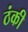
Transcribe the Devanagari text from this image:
ठंकी